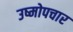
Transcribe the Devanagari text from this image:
उष्मोपचार